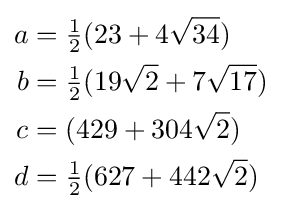
{\begin{aligned}a&={\tfrac {1}{2}}(23+4{\sqrt {34}})\\b&={\tfrac {1}{2}}(19{\sqrt {2}}+7{\sqrt {17}})\\c&=(429+304{\sqrt {2}})\\d&={\tfrac {1}{2}}(627+442{\sqrt {2}})\end{aligned}}